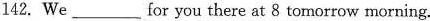
142. We \underline for you there at 8 tomorrow morning.